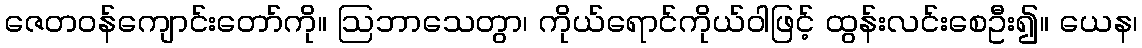
ဇေတဝန်ကျောင်းတော်ကို။ ဩဘာသေတွာ၊ ကိုယ်ရောင်ကိုယ်ဝါဖြင့် ထွန်းလင်းစေဦး၍။ ယေန၊